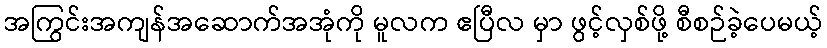
အကြွင်းအကျန်အဆောက်အအုံကို မူလက ဧပြီလ မှာ ဖွင့်လှစ်ဖို့ စီစဉ်ခဲ့ပေမယ့်